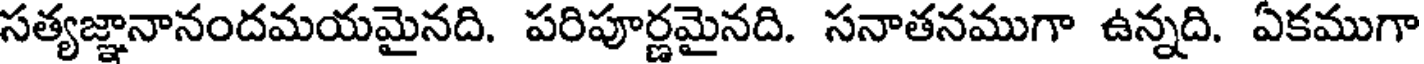
సత్యజ్ఞానానందమయమైనది. పరిపూర్ణమైనది. సనాతనముగా ఉన్నది. ఏకముగా